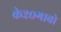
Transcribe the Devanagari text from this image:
के२०गावो